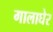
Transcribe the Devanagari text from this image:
गालाघेर